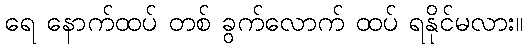
ရေ နောက်ထပ် တစ် ခွက်လောက် ထပ် ရနိုင်မလား။